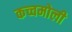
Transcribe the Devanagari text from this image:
कच्चमोली